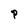
Character: P